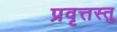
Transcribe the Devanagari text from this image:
प्रवृत्तस्तु